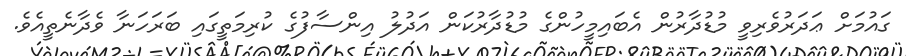
ގައުމަށް ޢަދަރުވެރިވީ މުޑުދާރުން އެބައިމީހުންގެ މުޑުދާރުކަން އަދުލު އިންސާފުގެ ކުރިމަތީގައި ބަރަހަނާ ވެދާނެތީއެވެ.